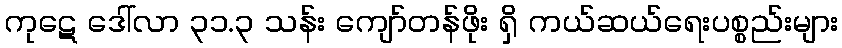
ကုဋေ ဒေါ်လာ ၃၁.၃ သန်း ကျော်တန်ဖိုး ရှိ ကယ်ဆယ်ရေးပစ္စည်းများ